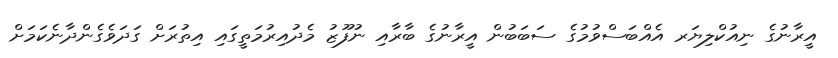
އީރާނުގެ ނިއުކްލިޔަރ އެއްބަސްވުުމުގެ ސަބަބުން އީރާނުގެ ބާރާއި ނުފޫޒު މެދުއިރުމަތީގައި އިތުރަށް ގަދަވެގެންދާނެކަމަށް